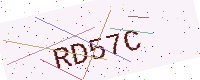
Text: RD57C